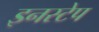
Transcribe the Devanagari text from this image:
इनस्टेप